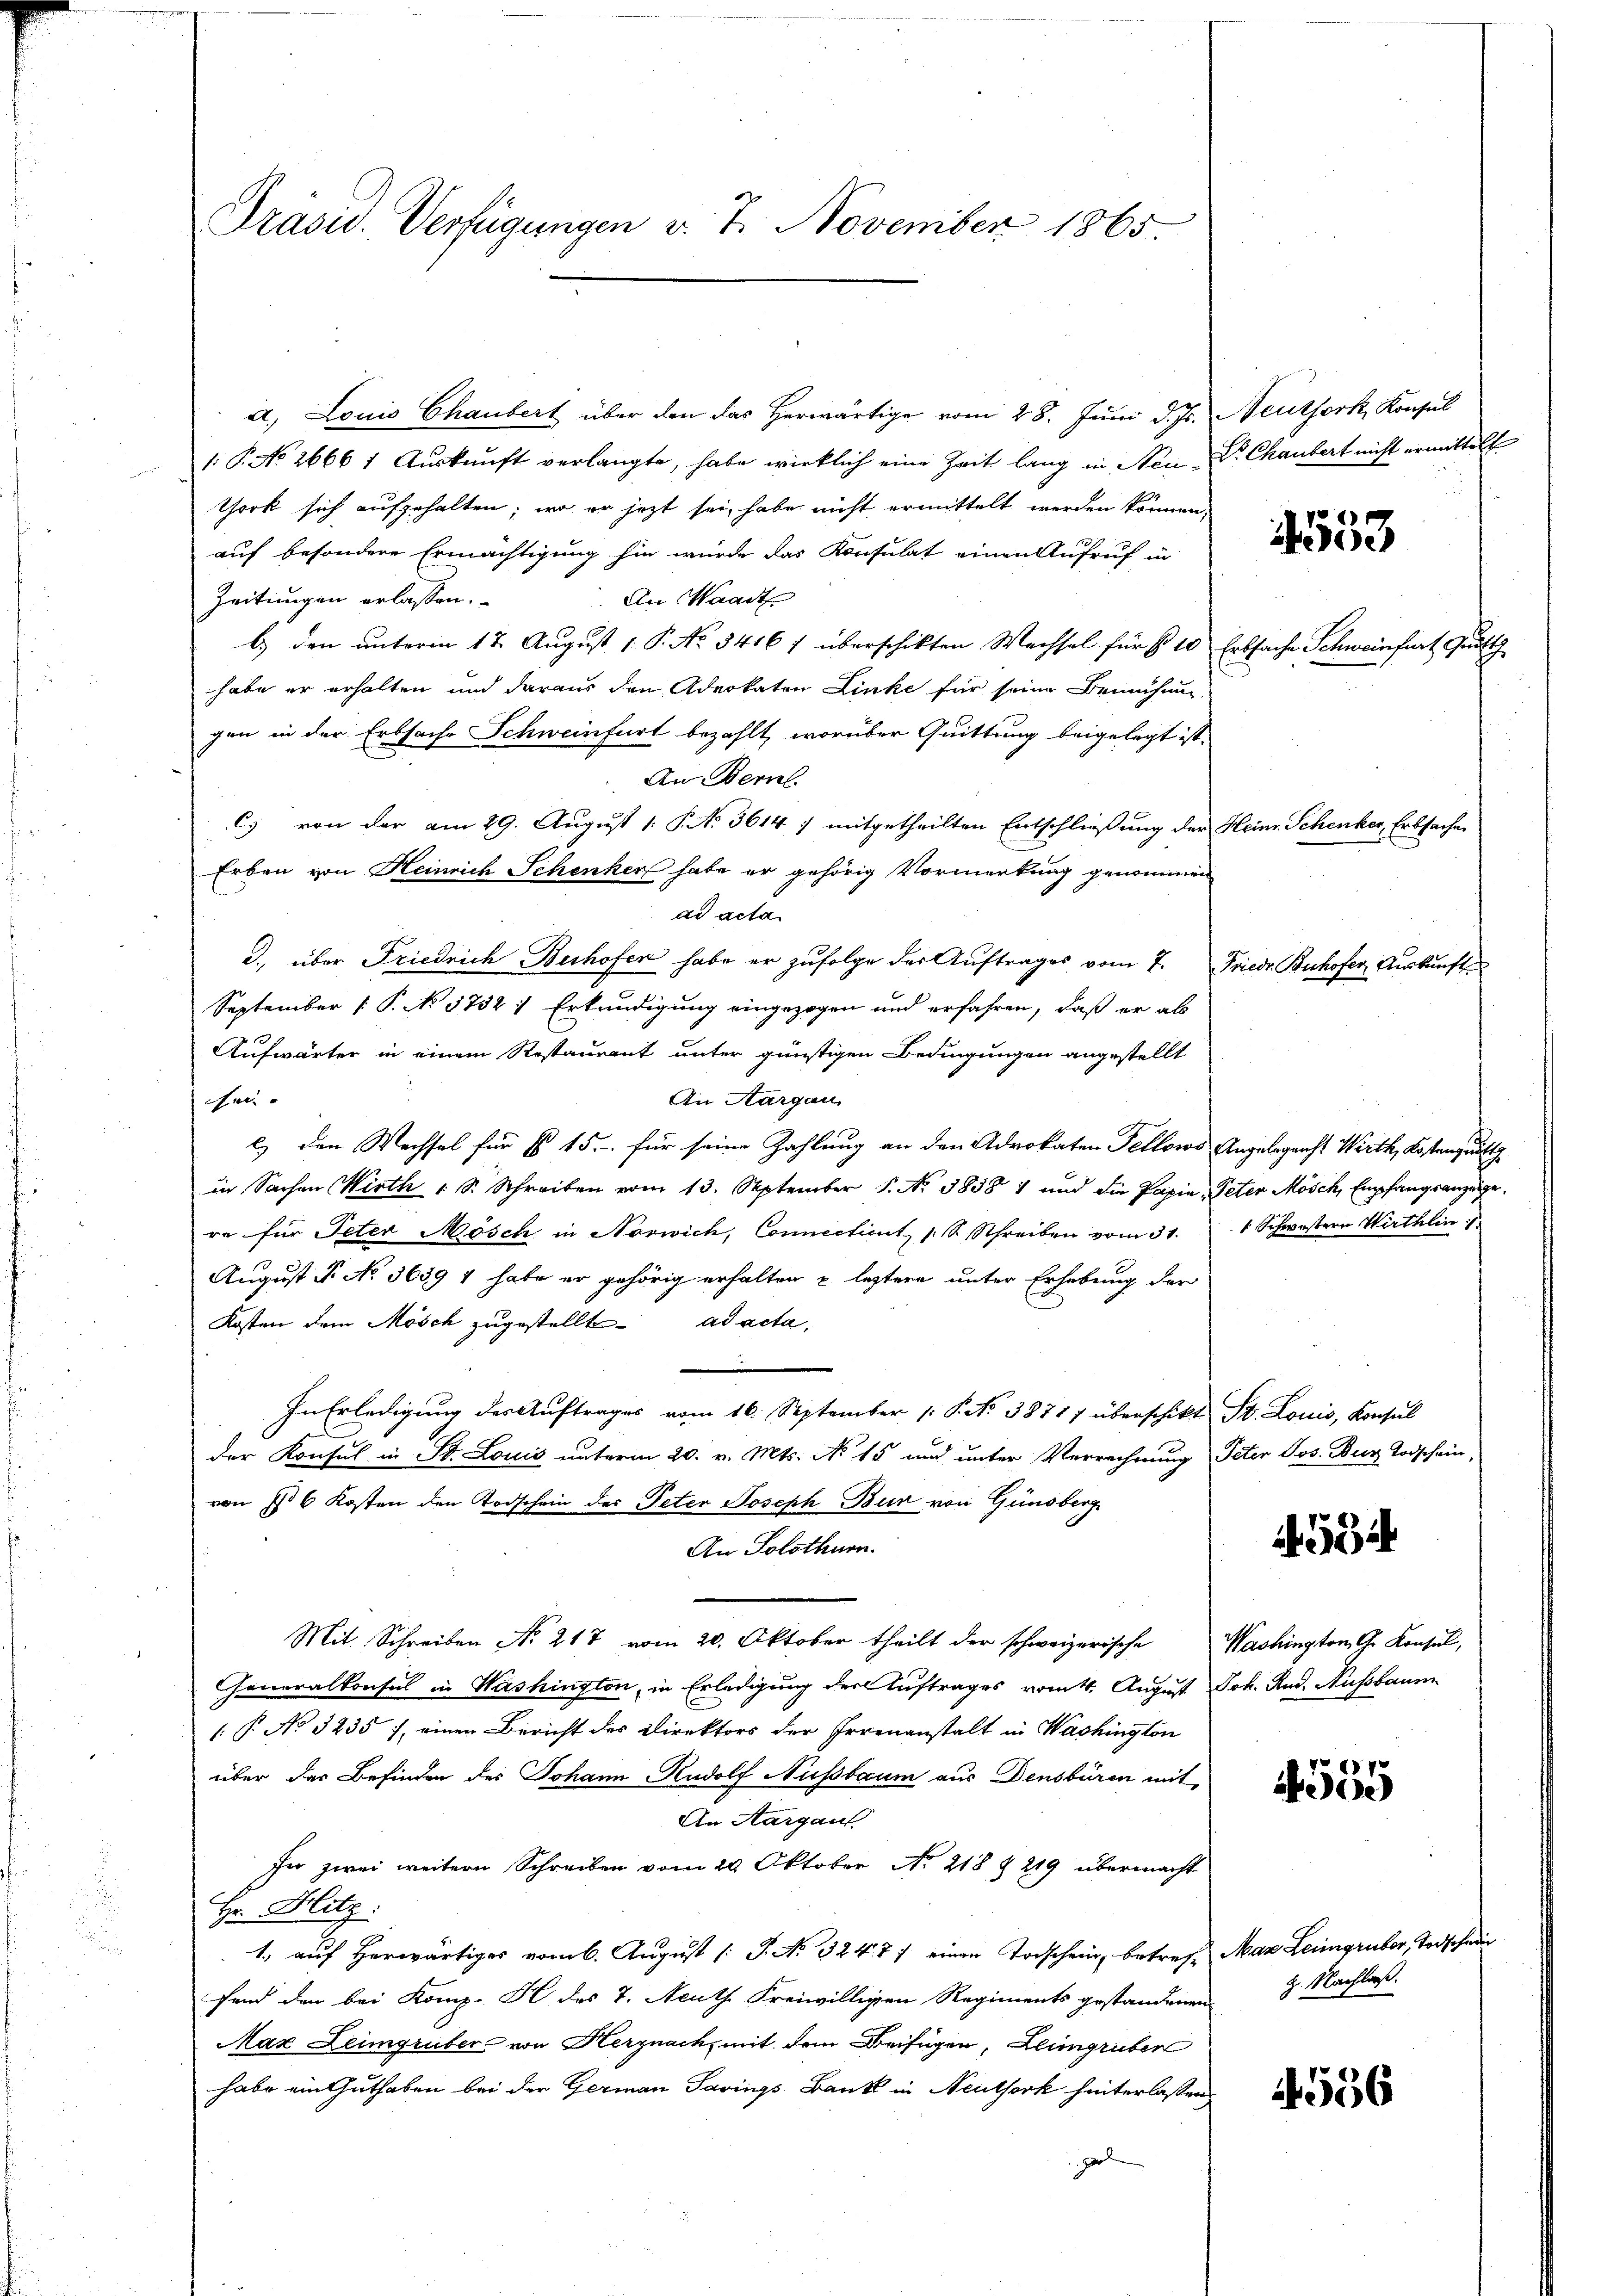
Präsid. Verfügungen v. 7. November 1865.

a. Louis Chaubert über den das herwärtige vom 28. Juni d. Js. Neuthork, Konsul
1: P. No 2666 1 Aŭskŭnft verlangte, habe wirklich eine Zeit lang in Neu-S. Chaubert nicht ermittelt
York sich aufgehalten; wo er jetzt sei, habe nicht ermittelt werden können,
auf besondere Ermächtigung hin wurde das Konsulat einen Aufruf in
An Waadt
Zeitungen erlassen.
b.) den unterm 17. August 1. P. No. 3416 1 überschikten Wechsel für § 10 Erbsache Schweinfurt Gutth
habe er erhalten und daraus den Advokaten Linke für seine Bemühung
gen in der Erbsache Schweinfurt bezahlt, worüber Quittung beigelegt ist.
An Bern.
C) von der am 29. August 1. P. No 3614 ; mitgetheilten Entschließung der Heine Schenker, Erbsachen
Erben von Heinrich Schenker habe er gehörig Vormerkung genommen
ad acta.
3. über Friedrich Buhofen habe er zufolge der Auftrages vom 7. Friedr. Ruhofer Auskunft¬
September [ P. No 3732 1 Erkundigung eingezogen und erfahren, daß er als
Aufwärter in einem Restaurant unter günstigen Bedingungen angestellt
An Aargau
che
e) den Wechsel für fl. 15. für seine Zahlung an den Advokaten Fellows Angelegenst Wirth, Kosten quitt
in Sachen Wirth 1 S. Schreiben vom 13. September 1. No. 1858 1 und die Papie Peten Mösch, Empfangsanzeige,
re für Peter Mösch in Norwich, Connectient, s. S. Schreiben vom 31. 1 Schwestern Wirthlin
August P. No 3639 4 habe er gehörig erhalten u. leztere unter Erhebung der
Kosten dem Mösch zugestellt ad acta,
In Erledigung des Auftrages vom 16. September 1. P. Nr. 3871) überschikt St. Louis, Konsul
der Konsul in St. Louić unterm 20. v. Mts. No 15 und unter Verrechnung Peter Jos. Bur Todschein,
von Ist 6 Kosten den Todschein des Peter Joseph Bur von Günsberg
An Solothurn.
Mit Schreiben No 217 vom 20. Oktober theilt der schweizerische Washington G. Konsul,
Generalkonsul in Washington, in Erledigung der Auftrages vom 4. August Joh. Rud. Nussbaum
 P. No 3235), einer Bericht des Direktors der Irrenanstalt in Washington
über der Befinden des Johann Rudolf Nussbaum aus Densbüren mit
An Aargau
In zwei weitern Schreiben vom 20. Oktober No. 218 § 219 übermacht
Hr. Hitz:
1., auf herwärtiges vom 6. August [ P. No 3247/ einen Todschein, betreff Mar Leingruber, Todschen
fand den bei Komp. K des 7. Aeuth Freiwilligen Regiments gestandenen Nachlaß
Max Leimgruber von Herznach, mit dem Beifügen, Leingruber
habe ein Guthaben bei der Germann Savings Bank in Neuthork hinterlassen,
g

4553

4594

175
Aide

4556